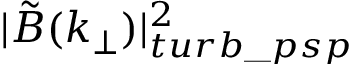
| \tilde { B } ( k _ { \perp } ) | _ { t u r b \_ p s p } ^ { 2 }